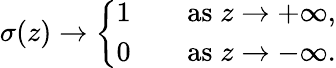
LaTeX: \sigma(z)\to\left\{ \begin{array}{ll}{1\quad}&{\mathrm{as}\; z\to+\infty,}\\ {0\quad}&{\mathrm{as}\; z\to-\infty.}\end{array}\right.